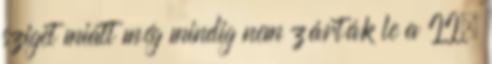
sziget miatt még mindig nem zárták le a II.